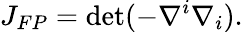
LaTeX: J_{FP}=\operatorname*{det}(-\nabla^{i}\nabla_{i}).